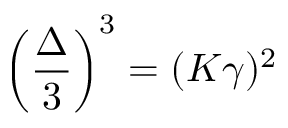
\left( \frac { \Delta } { 3 } \right) ^ { 3 } = ( K \gamma ) ^ { 2 }